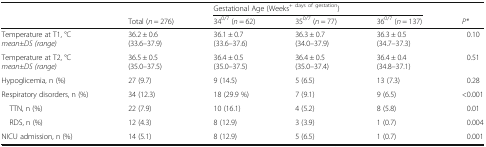
<table><thead><tr><td rowspan="2"></td><td></td><td colspan="3"><b>Gestational Age (Weeks<sup>+ days of gestation</sup>)</b></td><td></td></tr><tr><td><b>Total (<i>n</i> = 276)</b></td><td><b>34<sup>0/7</sup> (<i>n</i> = 62)</b></td><td><b>35<sup>0/7</sup> (<i>n</i> = 77)</b></td><td><b>36<sup>0/7</sup> (<i>n</i> = 137)</b></td><td><b><i>P*</i></b></td></tr></thead><tbody><tr><td>Temperature at T1, °C<i>mean±DS (range)</i></td><td>36.2 ± 0.6(33.6–37.9)</td><td>36.1 ± 0.7(33.6–37.6)</td><td>36.3 ± 0.7(34.0–37.9)</td><td>36.3 ± 0.5(34.7–37.3)</td><td>0.10</td></tr><tr><td>Temperature at T2, °C<i>mean±DS (range)</i></td><td>36.5 ± 0.5(35.0–37.5)</td><td>36.4 ± 0.5(35.0–37.5)</td><td>36.4 ± 0.5(35.0–37.4)</td><td>36.4 ± 0.4(34.8–37.1)</td><td>0.51</td></tr><tr><td>Hypoglicemia, n (%)</td><td>27 (9.7)</td><td>9 (14.5)</td><td>5 (6.5)</td><td>13 (7.3)</td><td>0.28</td></tr><tr><td>Respiratory disorders, n (%)</td><td>34 (12.3)</td><td>18 (29.9 %)</td><td>7 (9.1)</td><td>9 (6.5)</td><td>&lt;0.001</td></tr><tr><td> TTN, n (%)</td><td>22 (7.9)</td><td>10 (16.1)</td><td>4 (5.2)</td><td>8 (5.8)</td><td>0.01</td></tr><tr><td> RDS, n (%)</td><td>12 (4.3)</td><td>8 (12.9)</td><td>3 (3.9)</td><td>1 (0.7)</td><td>0.004</td></tr><tr><td>NICU admission, n (%)</td><td>14 (5.1)</td><td>8 (12.9)</td><td>5 (6.5)</td><td>1 (0.7)</td><td>0.001</td></tr></tbody></table>